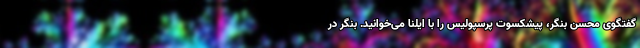
گفتگوی محسن بنگر، پیشکسوت پرسپولیس را با ایلنا می‌خوانید. بنگر در